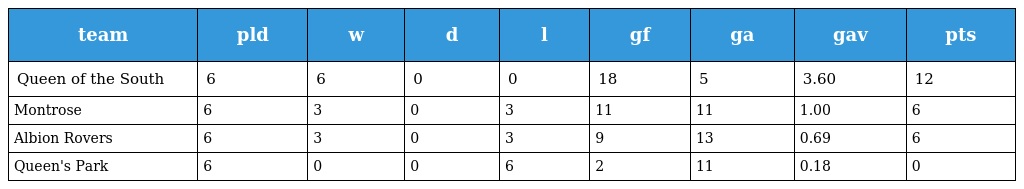
| team | pld | w | d | l | gf | ga | gav | pts |
 | --- | --- | --- | --- | --- | --- | --- | --- | --- |
 | Queen of the South | 6 | 6 | 0 | 0 | 18 | 5 | 3.60 | 12 |
 | Montrose | 6 | 3 | 0 | 3 | 11 | 11 | 1.00 | 6 |
 | Albion Rovers | 6 | 3 | 0 | 3 | 9 | 13 | 0.69 | 6 |
 | Queen's Park | 6 | 0 | 0 | 6 | 2 | 11 | 0.18 | 0 |